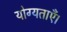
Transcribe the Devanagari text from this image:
योग्यताएँ।